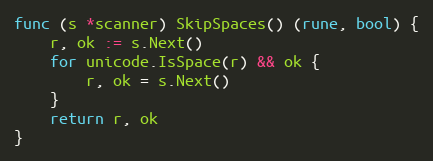
Language: Go
func (s *scanner) SkipSpaces() (rune, bool) {
	r, ok := s.Next()
	for unicode.IsSpace(r) && ok {
		r, ok = s.Next()
	}
	return r, ok
}